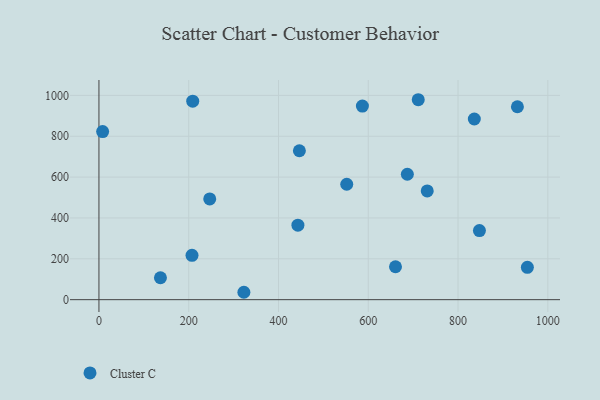
{"axis": {"x": "Study Hours", "y": "Exam Score"}, "legend": ["Cluster C"], "data": [{"x": "137.0", "y": 107.4, "type": "Cluster C"}, {"x": "687.0", "y": 613.9, "type": "Cluster C"}, {"x": "207.3", "y": 217.2, "type": "Cluster C"}, {"x": "954.4", "y": 158.5, "type": "Cluster C"}, {"x": "246.8", "y": 493.0, "type": "Cluster C"}, {"x": "731.3", "y": 532.2, "type": "Cluster C"}, {"x": "847.6", "y": 338.1, "type": "Cluster C"}, {"x": "552.0", "y": 565.0, "type": "Cluster C"}, {"x": "932.2", "y": 944.3, "type": "Cluster C"}, {"x": "660.6", "y": 161.1, "type": "Cluster C"}, {"x": "836.2", "y": 884.4, "type": "Cluster C"}, {"x": "711.3", "y": 978.8, "type": "Cluster C"}, {"x": "443.2", "y": 364.9, "type": "Cluster C"}, {"x": "208.9", "y": 971.6, "type": "Cluster C"}, {"x": "322.9", "y": 36.2, "type": "Cluster C"}, {"x": "446.5", "y": 728.9, "type": "Cluster C"}, {"x": "586.9", "y": 947.5, "type": "Cluster C"}, {"x": "8.2", "y": 823.0, "type": "Cluster C"}]}